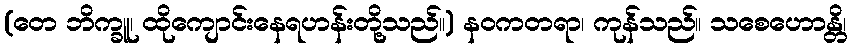
(တေ ဘိက္ခူ၊ ထိုကျောင်းနေရဟန်းတို့သည်။) နဝကတရာ၊ ကုန်သည်။ သစေဟောန္တိ၊